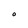
Character: O